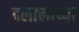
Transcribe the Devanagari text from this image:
दलालाच्या